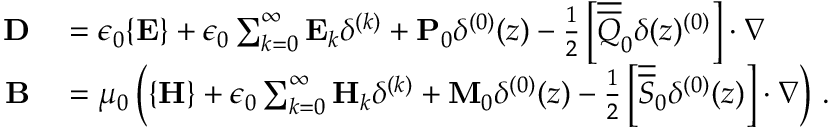
\begin{array} { r l } { \mathbf { D } } & { { } = \epsilon _ { 0 } \{ \mathbf { E } \} + \epsilon _ { 0 } \sum _ { k = 0 } ^ { \infty } \mathbf { E } _ { k } \delta ^ { ( k ) } + \mathbf { P } _ { 0 } \delta ^ { ( 0 ) } ( z ) - \frac { 1 } { 2 } \left[ \overline { { \overline { { Q } } } } _ { 0 } \delta ( z ) ^ { ( 0 ) } \right] \cdot \nabla } \\ { \mathbf { B } } & { { } = \mu _ { 0 } \left( \{ \mathbf { H } \} + \epsilon _ { 0 } \sum _ { k = 0 } ^ { \infty } \mathbf { H } _ { k } \delta ^ { ( k ) } + \mathbf { M } _ { 0 } \delta ^ { ( 0 ) } ( z ) - \frac { 1 } { 2 } \left[ \overline { { \overline { { S } } } } _ { 0 } \delta ^ { ( 0 ) } ( z ) \right] \cdot \nabla \right) \, . } \end{array}